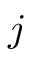
j